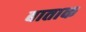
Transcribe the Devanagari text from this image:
बाताक